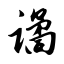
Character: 谲